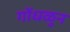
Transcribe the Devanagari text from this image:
गोंधळुन